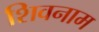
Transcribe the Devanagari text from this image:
शिवनाम